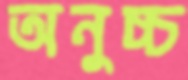
অনুচ্চ